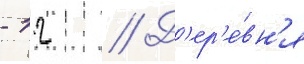
- 12 // Д'ер'е́вн'я